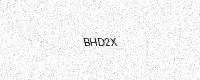
Text: BHD2X